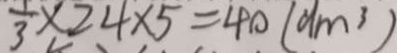
\frac { 1 } { 3 } \times 2 4 \times 5 = 4 0 ( d m ^ { 3 } )